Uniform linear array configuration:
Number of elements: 16
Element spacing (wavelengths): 0.5
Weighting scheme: kaiser
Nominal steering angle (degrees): -45
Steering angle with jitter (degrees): -46.386
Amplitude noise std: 0.05
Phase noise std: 0.05

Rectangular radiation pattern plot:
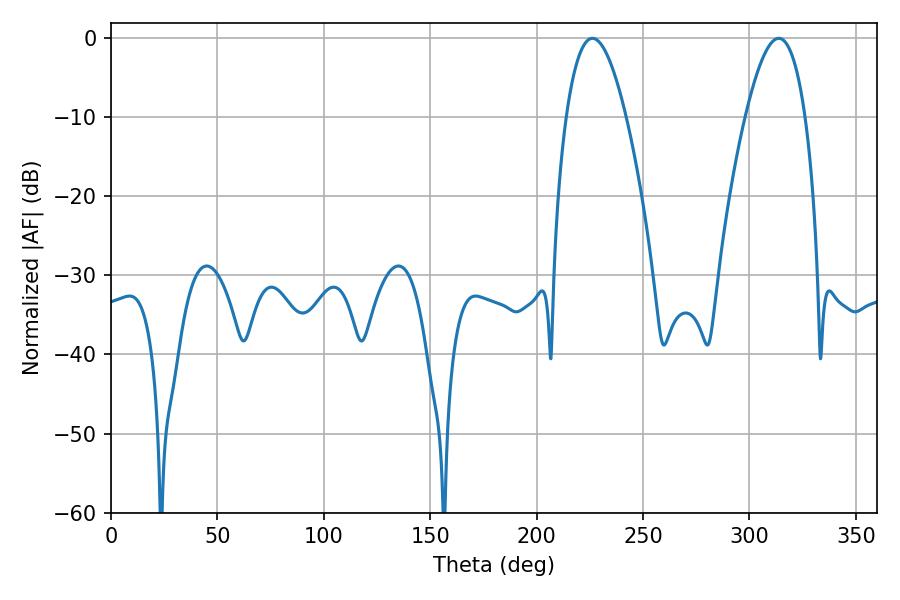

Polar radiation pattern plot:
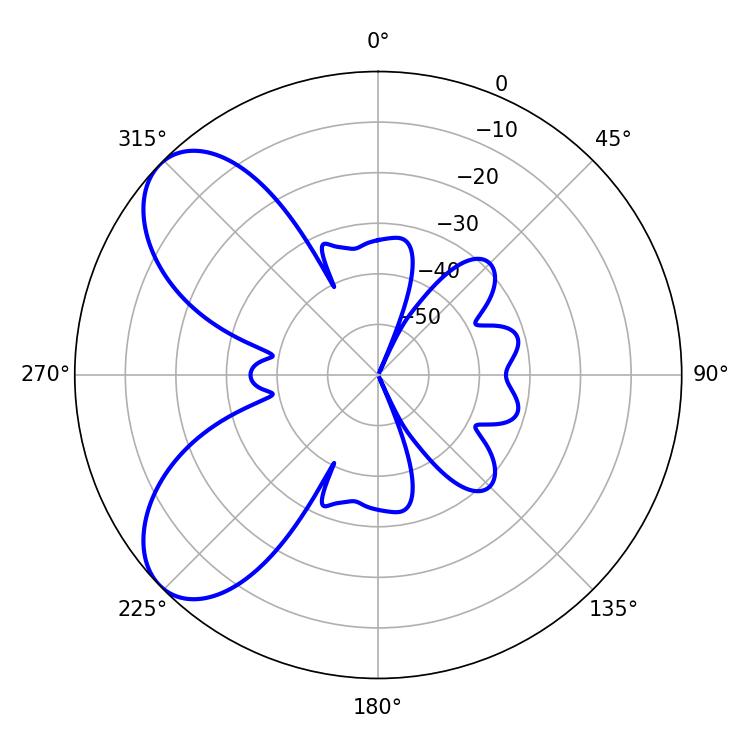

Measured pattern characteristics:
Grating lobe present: FALSE
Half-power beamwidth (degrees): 15.48
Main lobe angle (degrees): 226.26